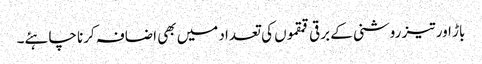
باڑ اور تیز روشنی کے برقی قمقموں کی تعداد میں بھی اضافہ کرنا چاہئے۔